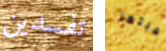
تفسدين لعبتها